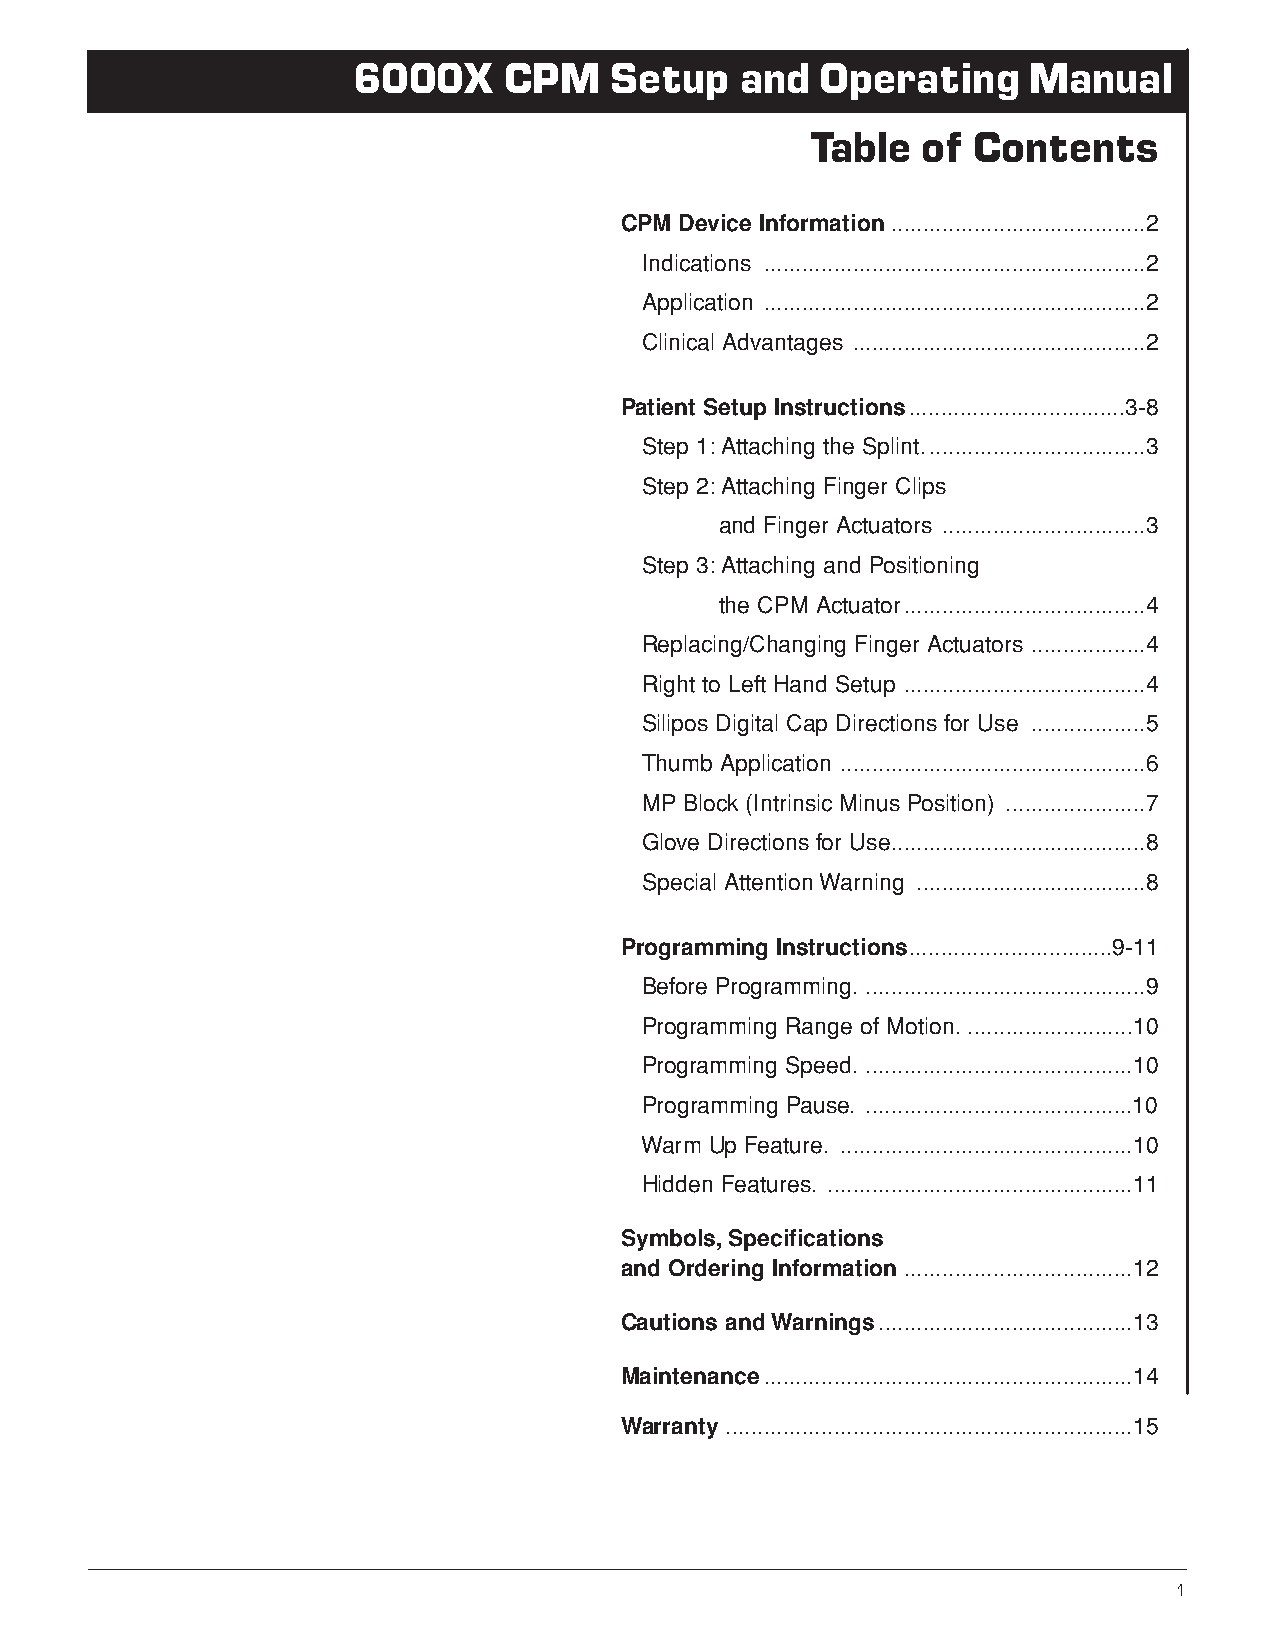
6000X     CPM    Setup    and  Operating     Manual
 Table  of Contents
 CPM Device Information........................................2
 Indications ............................................................2
 Application ............................................................2
 Clinical Advantages ..............................................2
 Patient Setup Instructions..................................3-8
 Step 1:Attaching the Splint...................................3
 Step 2:Attaching Finger Clips
 and Finger Actuators ................................3
 Step 3:Attaching and Positioning
 the CPM Actuator......................................4
 Replacing/Changing Finger Actuators ..................4
 Right to Left Hand Setup ......................................4
 Silipos Digital Cap Directions for Use ..................5
 Thumb Application ................................................6
 MP Block (Intrinsic Minus Position) ......................7
 Glove Directions for Use........................................8
 Special Attention Warning ....................................8
 Programming Instructions................................9-11
 Before Programming. ............................................9
 Programming Range of Motion...........................10
 Programming Speed. ..........................................10
 Programming Pause. ..........................................10
 Warm Up Feature. ..............................................10
 Hidden Features. ................................................11
 Symbols,Specifications
 and Ordering Information ....................................12
 Cautions and Warnings........................................13
 Maintenance..........................................................14
 Warranty................................................................15
 Customer Service: U.S. 1-800-225-1814 • International Tel: 1-905-420-3303 Fax: 1-905-420-3970 E-mail: customerservice@orthomotion.ca 1